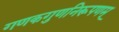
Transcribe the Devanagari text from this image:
गणकगुणनिरूपणम्